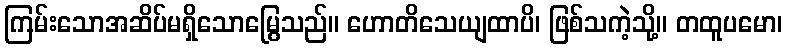
ကြမ်းသောအဆိပ်မရှိသောမြွေသည်။ ဟောတိသေယျထာပိ၊ ဖြစ်သကဲ့သို့။ တထူပမော၊